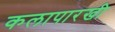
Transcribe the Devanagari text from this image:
कलापारखी